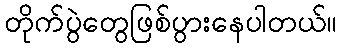
တိုက်ပွဲတွေဖြစ်ပွားနေပါတယ်။